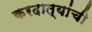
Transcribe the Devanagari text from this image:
करदात्यांची